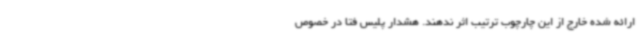
ارائه شده خارج از این چارچوب ترتیب اثر ندهند. هشدار پلیس فتا در خصوص